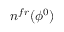
n ^ { f r } ( \phi ^ { 0 } )